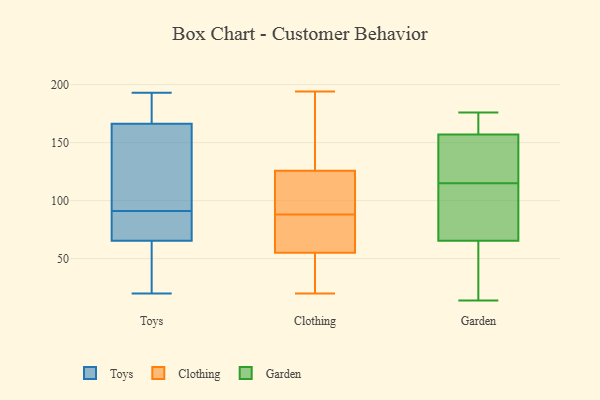
{"axis": {"x": "Latency (ms)", "y": "Value"}, "legend": ["Clothing", "Garden", "Toys"], "data": [{"x": "", "y": 176, "type": "Toys"}, {"x": "", "y": 42, "type": "Toys"}, {"x": "", "y": 70, "type": "Toys"}, {"x": "", "y": 20, "type": "Toys"}, {"x": "", "y": 108, "type": "Toys"}, {"x": "", "y": 83, "type": "Toys"}, {"x": "", "y": 83, "type": "Toys"}, {"x": "", "y": 88, "type": "Toys"}, {"x": "", "y": 192, "type": "Toys"}, {"x": "", "y": 151, "type": "Toys"}, {"x": "", "y": 163, "type": "Toys"}, {"x": "", "y": 91, "type": "Toys"}, {"x": "", "y": 44, "type": "Toys"}, {"x": "", "y": 52, "type": "Toys"}, {"x": "", "y": 183, "type": "Toys"}, {"x": "", "y": 130, "type": "Toys"}, {"x": "", "y": 193, "type": "Toys"}, {"x": "", "y": 194, "type": "Clothing"}, {"x": "", "y": 149, "type": "Clothing"}, {"x": "", "y": 32, "type": "Clothing"}, {"x": "", "y": 20, "type": "Clothing"}, {"x": "", "y": 70, "type": "Clothing"}, {"x": "", "y": 88, "type": "Clothing"}, {"x": "", "y": 192, "type": "Clothing"}, {"x": "", "y": 44, "type": "Clothing"}, {"x": "", "y": 128, "type": "Clothing"}, {"x": "", "y": 67, "type": "Clothing"}, {"x": "", "y": 111, "type": "Clothing"}, {"x": "", "y": 31, "type": "Clothing"}, {"x": "", "y": 102, "type": "Clothing"}, {"x": "", "y": 82, "type": "Clothing"}, {"x": "", "y": 151, "type": "Clothing"}, {"x": "", "y": 75, "type": "Clothing"}, {"x": "", "y": 113, "type": "Clothing"}, {"x": "", "y": 119, "type": "Clothing"}, {"x": "", "y": 51, "type": "Clothing"}, {"x": "", "y": 139, "type": "Garden"}, {"x": "", "y": 31, "type": "Garden"}, {"x": "", "y": 19, "type": "Garden"}, {"x": "", "y": 165, "type": "Garden"}, {"x": "", "y": 161, "type": "Garden"}, {"x": "", "y": 73, "type": "Garden"}, {"x": "", "y": 175, "type": "Garden"}, {"x": "", "y": 88, "type": "Garden"}, {"x": "", "y": 164, "type": "Garden"}, {"x": "", "y": 115, "type": "Garden"}, {"x": "", "y": 145, "type": "Garden"}, {"x": "", "y": 29, "type": "Garden"}, {"x": "", "y": 14, "type": "Garden"}, {"x": "", "y": 63, "type": "Garden"}, {"x": "", "y": 127, "type": "Garden"}, {"x": "", "y": 106, "type": "Garden"}, {"x": "", "y": 77, "type": "Garden"}, {"x": "", "y": 125, "type": "Garden"}, {"x": "", "y": 176, "type": "Garden"}]}